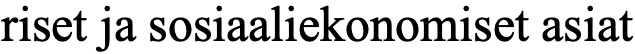
riset ja sosiaaliekonomiset asiat